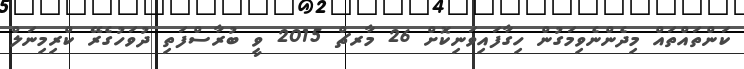
ކަންތައްތައް މިދެންނެވިމަގުން ހިގާފައިވަނިކޮށް 26 މާރޗް 2015 ވީ ބުރާސްފަތި ދުވަހުގެރޭ ކްރިމިނަލް